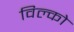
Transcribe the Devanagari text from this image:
विल्को